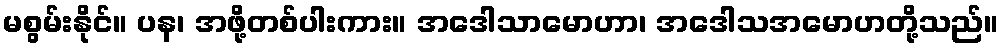
မစွမ်းနိုင်။ ပန၊ အဖို့တစ်ပါးကား။ အဒေါသာမောဟာ၊ အဒေါသအမောဟတို့သည်။